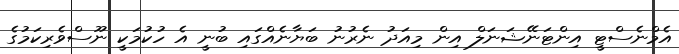
އެމްނެސްޓީ އިންޓަނޭޝަނަލް އިން މިއަދު ނެރުނު ބަޔާނެއްގައި ބުނީ އެ ހުކުމަކީ ނޫސްވެރިކަމުގެ